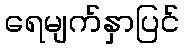
ရေမျက်နှာပြင်